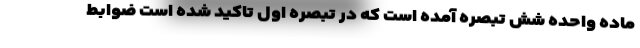
ماده واحده شش تبصره آمده است که در تبصره اول تاکید شده است ضوابط